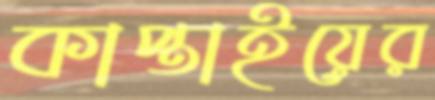
কাপ্তাইয়ের